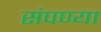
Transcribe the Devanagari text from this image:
संपण्या